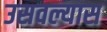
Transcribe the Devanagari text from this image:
उसवल्यास